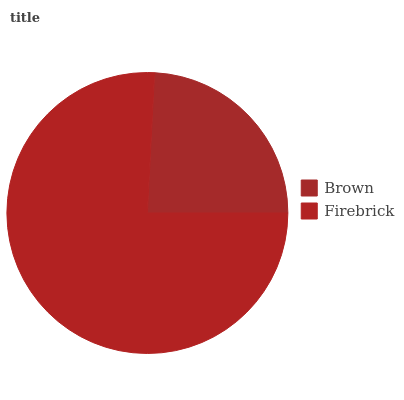
| Brown | Firebrick |
 | --- | --- |
 | 24.2% | 75.8% |